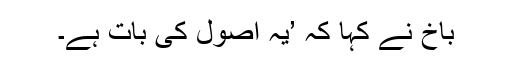
باخ نے کہا کہ ’یہ اصول کی بات ہے۔